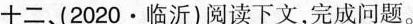
十二、(2020·临沂)阅读下文,完成问题。